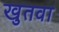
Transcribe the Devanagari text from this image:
खुतवा